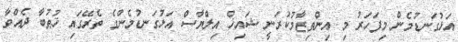
އަޅުގަނޑުމެން މިފަހަރު މި އިންތިޒާމުކުރަނީ ޝައިޚް އިލްޔާސް އަޅުގަނޑުމެންގެ ތެރޭގައި ޚުޠުބާ ދެއްވާ